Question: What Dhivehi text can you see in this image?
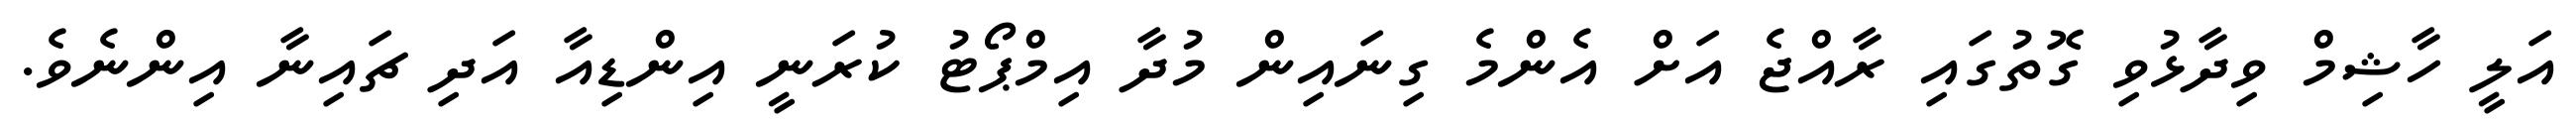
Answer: އަލީ ހާޝިމް ވިދާޅުވި ގޮތުގައި ރާއްޖެ އަށް އެންމެ ގިނައިން މުދާ އިމްޕޯޓު ކުރަނީ އިންޑިއާ އަދި ޗައިނާ އިންނެވެ.